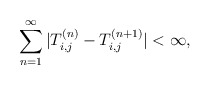
\begin{align*}\sum_{n=1}^\infty|T_{i,j}^{(n)}-T_{i,j}^{(n+1)}|<\infty,\end{align*}